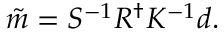
\tilde { m } = S ^ { - 1 } R ^ { \dagger } K ^ { - 1 } d .